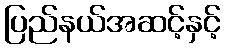
ပြည်နယ်အဆင့်နှင့်